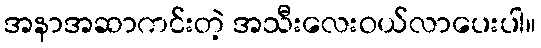
အနာအဆာကင်းတဲ့ အသီးလေးဝယ်လာပေးပါ။